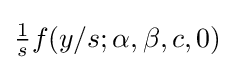
{\tfrac {1}{s}}f(y/s;\alpha ,\beta ,c,0)